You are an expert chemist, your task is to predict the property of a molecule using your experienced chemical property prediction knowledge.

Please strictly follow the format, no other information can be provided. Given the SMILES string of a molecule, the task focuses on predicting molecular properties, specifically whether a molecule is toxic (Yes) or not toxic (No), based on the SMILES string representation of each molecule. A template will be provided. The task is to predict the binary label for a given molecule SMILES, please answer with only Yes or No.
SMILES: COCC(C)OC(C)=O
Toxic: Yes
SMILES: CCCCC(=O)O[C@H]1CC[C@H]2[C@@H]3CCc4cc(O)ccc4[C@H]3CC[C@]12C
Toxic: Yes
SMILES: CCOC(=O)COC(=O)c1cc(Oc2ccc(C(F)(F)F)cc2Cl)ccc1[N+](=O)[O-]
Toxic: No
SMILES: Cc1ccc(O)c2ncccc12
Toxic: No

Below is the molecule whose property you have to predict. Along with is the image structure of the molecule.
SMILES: [Fe+2].c1cc[cH-]c1.c1cc[cH-]c1
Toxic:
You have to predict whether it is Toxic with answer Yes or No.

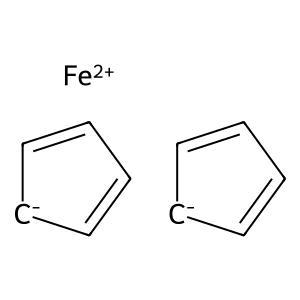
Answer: No